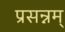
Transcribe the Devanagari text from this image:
प्रसन्नम्